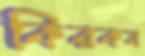
কিরকম